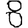
Digit: 8